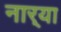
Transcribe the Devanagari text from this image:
नार्‍या